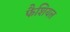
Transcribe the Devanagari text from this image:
फैशियल